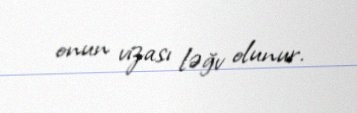
onun vizası ləğv olunur.